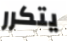
يتكرر